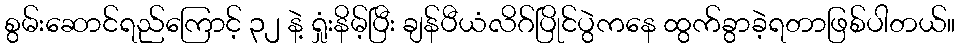
စွမ်းဆောင်ရည်ကြောင့် ၃၂ နဲ့ ရှုံးနိမ့်ပြီး ချန်ပီယံလိဂ်ပြိုင်ပွဲကနေ ထွက်ခွာခဲ့ရတာဖြစ်ပါတယ်။